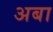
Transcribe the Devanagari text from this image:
अबा